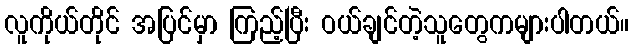
လူကိုယ်တိုင် အပြင်မှာ ကြည့်ပြီး ဝယ်ချင်တဲ့သူတွေကများပါတယ်။